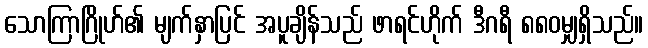
သောကြာဂြိုဟ်၏ မျက်နှာပြင် အပူချိန်သည် ဖာရင်ဟိုက် ဒီဂရီ ၈၈၀မျှရှိသည်။